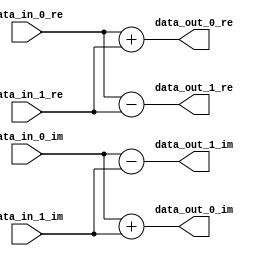
`timescale 1ns/100ps
module bf32 #(parameter WIDTH = 11)(
	input  [WIDTH-1:0] data_in_0_re,
	input  [WIDTH-1:0] data_in_0_im,
	input  [WIDTH-1:0] data_in_1_re,
	input  [WIDTH-1:0] data_in_1_im,
	output [WIDTH-1:0] data_out_0_re,
	output [WIDTH-1:0] data_out_0_im,
	output [WIDTH-1:0] data_out_1_re,
	output [WIDTH-1:0] data_out_1_im
);

assign data_out_0_re = data_in_0_re + data_in_1_re;
assign data_out_0_im = data_in_0_im + data_in_1_im;
assign data_out_1_re = data_in_0_re - data_in_1_re;
assign data_out_1_im = data_in_0_im - data_in_1_im;

endmodule